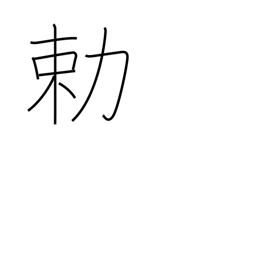
Meaning: imperial order